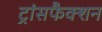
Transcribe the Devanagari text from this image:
ट्रांसफैक्शन